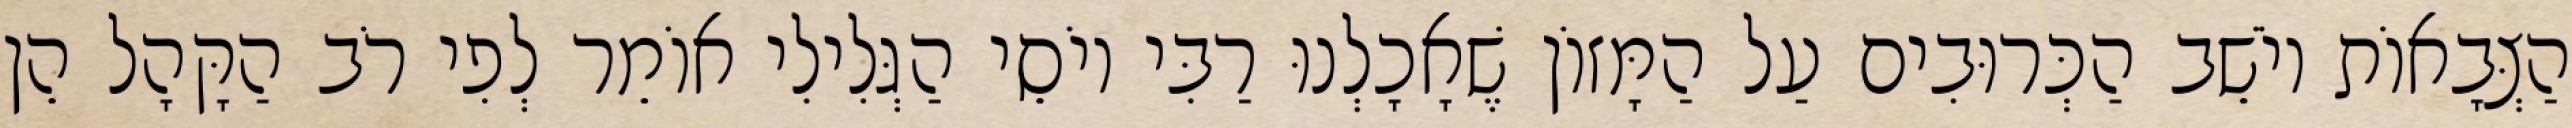
הַצְּבָאוֹת יוֹשֵׁב הַכְּרוּבִים עַל הַמָּזוֹן שֶׁאָכָלְנוּ רַבִּי יוֹסֵי הַגְּלִילִי אוֹמֵר לְפִי רֹב הַקָּהָל הֵן